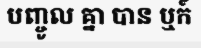
បញ្ចូល គ្នា បាន ឬក៍